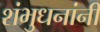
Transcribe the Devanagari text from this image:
शंभुधनांनी